Proceedings of the meeting of veterinary officers in India
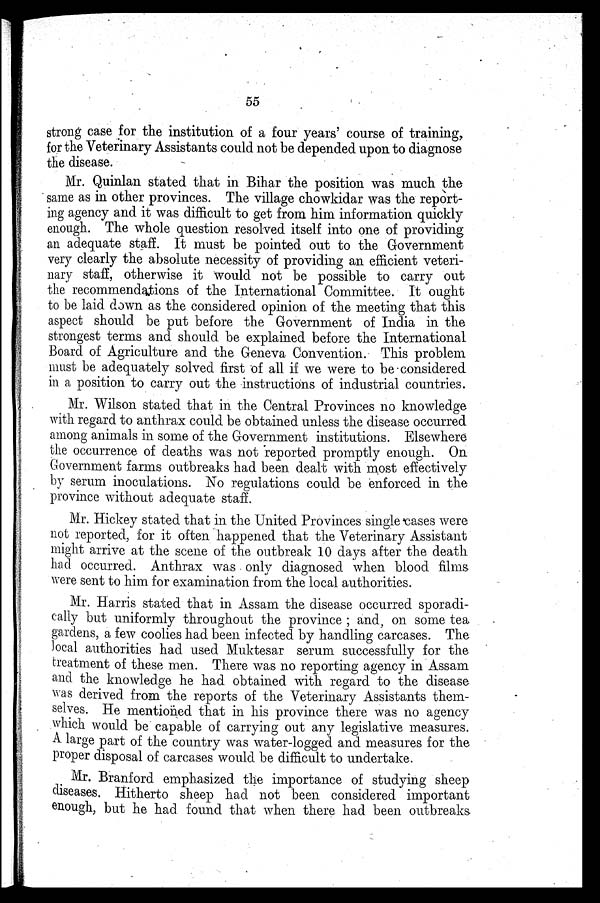
55
strong case for the institution of a four years' course of training,
for the Veterinary Assistants could not be depended upon to diagnose
the disease.
Mr. Quinlan stated that in Bihar the position was much the
same as in other provinces. The village chowkidar was the report-
ing agency and it was difficult to get from him information quickly
enough. The whole question resolved itself into one of providing
an adequate staff. It must be pointed out to the Government
very clearly the absolute necessity of providing an efficient veteri-
nary staff, otherwise it would not be possible to carry out
the recommendations of the International Committee. It ought
to be laid down as the considered opinion of the meeting that this
aspect should be put before the Government of India in the
strongest terms and should be explained before the International
Board of Agriculture and the Geneva Convention. This problem
must be adequately solved first of all if we were to be considered
in a position to carry out the instructions of industrial countries.
Mr. Wilson stated that in the Central Provinces no knowledge
with regard to anthrax could be obtained unless the disease occurred
among animals in some of the Government institutions. Elsewhere
the occurrence of deaths was not reported promptly enough. On
Government farms outbreaks had been dealt with most effectively
by serum inoculations. No regulations could be enforced in the
province without adequate staff.
Mr. Hickey stated that in the United Provinces single cases were
not reported, for it often happened that the Veterinary Assistant
might arrive at the scene of the outbreak 10 days after the death
had occurred. Anthrax was only diagnosed when blood films
were sent to him for examination from the local authorities.
Mr. Harris stated that in Assam the disease occurred sporadi-
cally but uniformly throughout the province; and on some tea
gardens, a few coolies had been infected by handling carcases. The
local authorities had used Muktesar serum successfully for the
treatment of these men. There was no reporting agency in Assam
and the knowledge he had obtained with regard to the disease
was derived from the reports of the Veterinary Assistants them-
selves. He mentioned that in his province there was no agency
which would be capable of carrying out any legislative measures.
A large part of the country was water-logged and measures for the
proper disposal of carcases would be difficult to undertake.
Mr. Branford emphasized the importance of studying sheep
diseases. Hitherto sheep had not been considered important
enough, but he had found that when there had been outbreaks